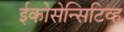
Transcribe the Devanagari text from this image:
ईकोसेन्सिटिव्ह